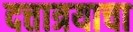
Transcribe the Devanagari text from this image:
दत्तात्रयाचा